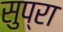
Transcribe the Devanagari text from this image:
सुप्रा